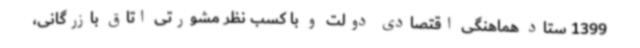
1399 ستاد هماهنگی اقتصادی دولت و با کسب نظر مشورتی اتاق بازرگانی،